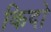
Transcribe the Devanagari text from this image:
किदो